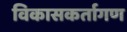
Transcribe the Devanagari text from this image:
विकासकर्तागण